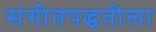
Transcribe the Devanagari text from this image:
संगीतपद्धतीला